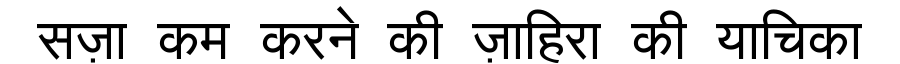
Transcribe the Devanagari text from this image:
सज़ा कम करने की ज़ाहिरा की याचिका